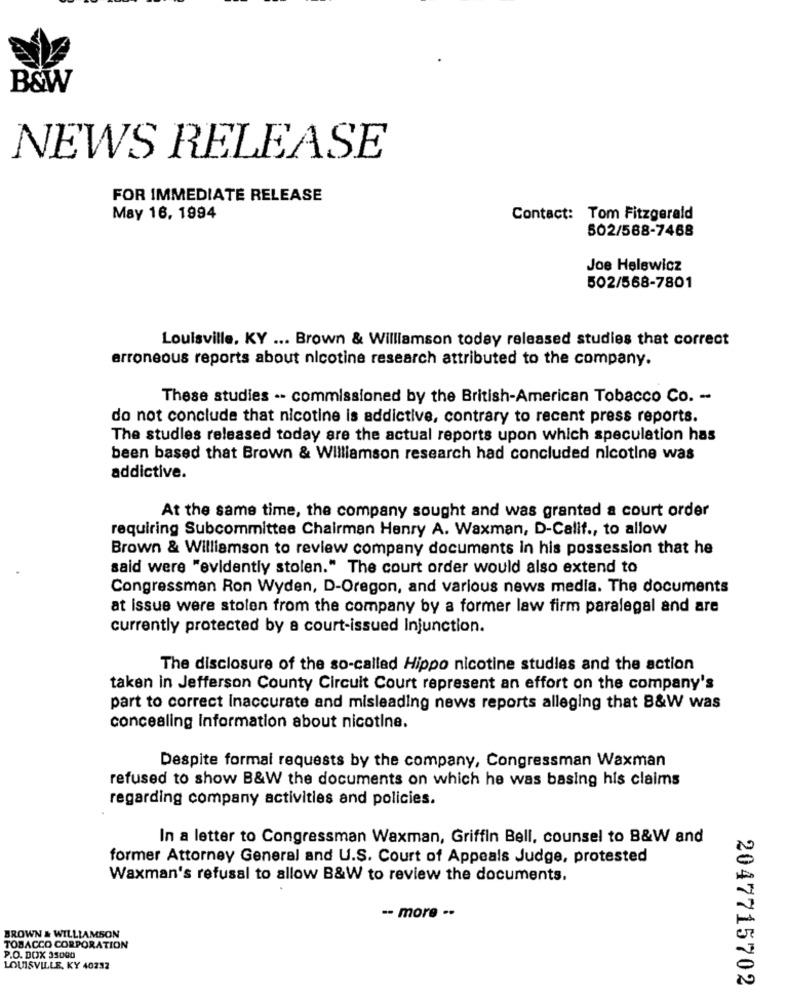
B&W
NEWS RELEASE
FOR IMMEDIATE RELEASE
May 16, 1994
Contact: Tom Fitzgerald
502/588-7468
Joe Helewicz
502/568-7801
Louisville, KY ... Brown & Williamson today released studies that correct
erroneous reports about nicotine research attributed to the company.
These studies -- commissioned by the British-American Tobacco Co. -
do not conclude that nicotine is addictive, contrary to recent press reports.
The studles released today are the actual reports upon which speculation has
been based that Brown & Williamson research had concluded nicotine was
addictive.
At the same time, the company sought and was granted a court order
requiring Subcommittee Chairman Henry A. Waxman, D-Calif ., to allow
Brown & Williamson to review company documents in his possession that he
said were "evidently stolen." The court order would also extend to
Congressman Ron Wyden, D-Oregon, and various news media. The documents
at issue were stolen from the company by a former law firm paralegal and are
currently protected by a court-issued Injunction.
The disclosure of the so-called Hippo nicotine studies and the action
taken in Jefferson County Circuit Court represent an effort on the company's
part to correct Inaccurate and misleading news reports alleging that B&W was
concealing information about nicotine.
Despite formal requests by the company, Congressman Waxman
refused to show B&W the documents on which he was basing his claims
regarding company activities and policies.
In a letter to Congressman Waxman, Griffin Bell, counsel to B&W and
former Attorney General and U.S. Court of Appeals Judge, protested
Waxman's refusal to allow B&W to review the documents.
-- more ..
BROWN & WILLIAMSON
TOBACCO CORPORATION
P.O. DOX 35000
LOUISVILLE, KY 40232
2047715702